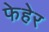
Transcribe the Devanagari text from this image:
फेहेर